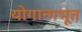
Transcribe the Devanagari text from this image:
योगान्गभूत